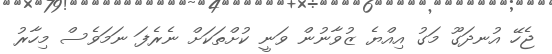
ޖެހޭ އުނދަގޫ މަގު އިއްޔެ ޒުވާނުން ވަނީ ކުށްތަކަށް ނެރެފަ ނަމަވެސް މިހާރު